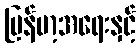
မြန်မာ့အရေးနှင့်